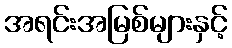
အရင်းအမြစ်များနှင့်